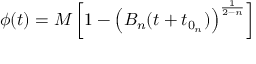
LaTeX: \phi ( t ) = M \left[ 1 - \left( B _ { n } ( t + t _ { 0 _ { n } } ) \right) ^ { \frac { 1 } { 2 - n } } \right]